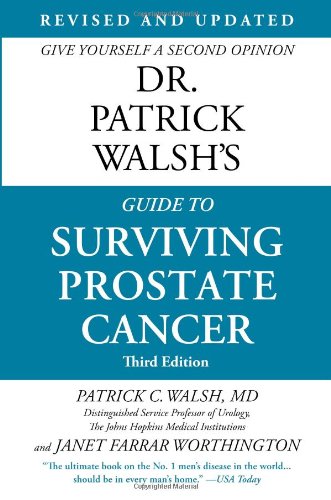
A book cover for Dr. Patrick Walsh's Guide to Surviving Prostate Cancer; Patrick C. Walsh; Health, Fitness & Dieting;